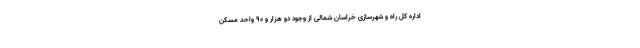
اداره کل راه و شهرسازی خراسان شمالی از وجود دو هزار و ۹۰ واحد مسکن